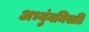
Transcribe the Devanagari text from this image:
अभ्युंनमिसति